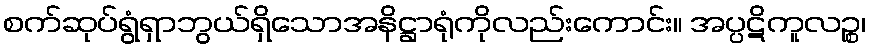
စက်ဆုပ်ရွံရှာဘွယ်ရှိသောအနိဋ္ဌာရုံကိုလည်းကောင်း။ အပ္ပဋိကူလဉ္စ၊